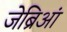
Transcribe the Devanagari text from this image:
जेब्रिआं